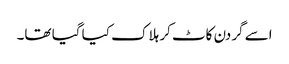
اسے گردن کاٹ کر ہلاک کیا گیا تھا۔